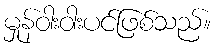
မှုန်ဝါးဝါးပင်ဖြစ်သည်။